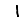
Digit: 1